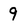
Character: 9